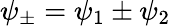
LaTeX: \psi_{\pm}=\psi_{1}\pm\psi_{2}